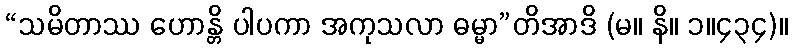
“သမိတာဿ ဟောန္တိ ပါပကာ အကုသလာ ဓမ္မာ”တိအာဒိ (မ။ နိ။ ၁။၄၃၄)။